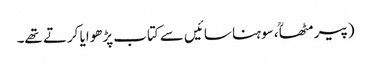
(پیر مٹھاؒ ، سوہنا سائیں سے کتاب پڑھوایا کرتے تھے۔